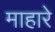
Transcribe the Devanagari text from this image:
माहारे